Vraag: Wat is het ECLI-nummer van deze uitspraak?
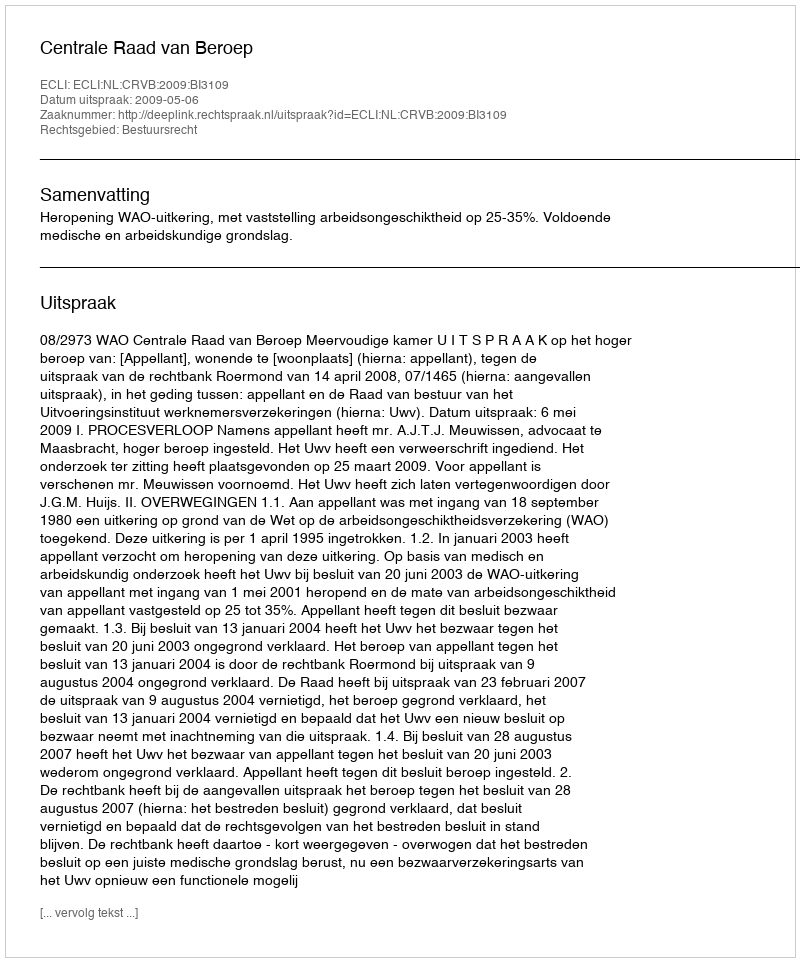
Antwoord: ECLI:NL:CRVB:2009:BI3109